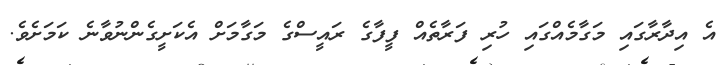
އެ އިދާރާގައި މަގާމެއްގައި ހުރި ފަރާތެއް ފީފާގެ ރައީސްގެ މަގާމަށް އެކަށީގެންނުވާނެ ކަމަށެވެ.